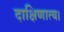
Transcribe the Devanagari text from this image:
दाक्षिणात्य।